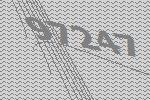
97247